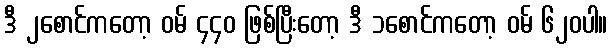
ဒီ ၂စောင်ကတော့ ဝမ် ၄၄၀ ဖြစ်ပြီးတော့ ဒီ ၁စောင်ကတော့ ဝမ် ၆၂၀ပါ။